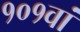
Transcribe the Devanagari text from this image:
१०१वां